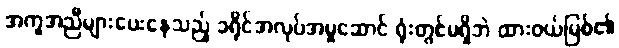
အကူအညီများပေးနေသည့် ခရိုင်အလုပ်အမှုဆောင် ရုံးတွင်မရှိဘဲ ထားဝယ်မြစ်၏